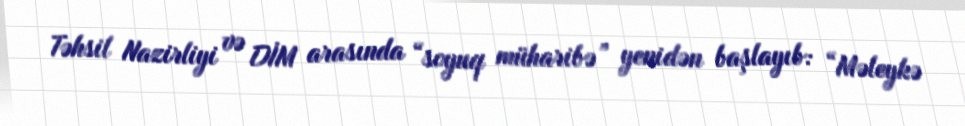
Təhsil Nazirliyi və DİM arasında “soyuq müharibə” yenidən başlayıb: “Məleykə